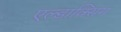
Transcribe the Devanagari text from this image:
एल्डाक्सिम